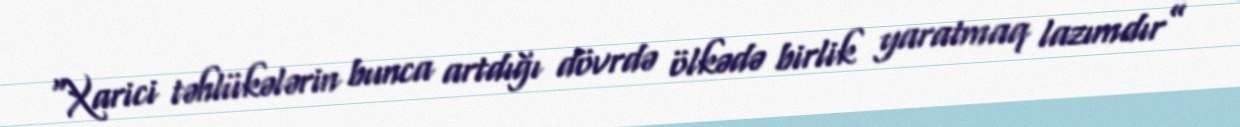
“Xarici təhlükələrin bunca artdığı dövrdə ölkədə birlik yaratmaq lazımdır”